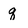
Character: q